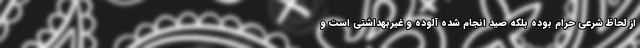
از لحاظ شرعی حرام بوده بلکه صید انجام شده آلوده و غیربهداشتی است و